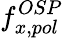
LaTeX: f_{x,pol}^{OSP}